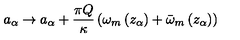
a _ { \alpha } \rightarrow a _ { \alpha } + \frac { \pi Q } { \kappa } \left( \omega _ { m } \left( z _ { \alpha } \right) + \bar { \omega } _ { m } \left( z _ { \alpha } \right) \right)